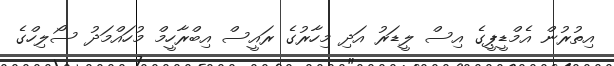
އިތުރުން އެމްޑީޕީގެ އިސް ލީޑަރު އަދި މިހާރުގެ ރައީސް އިބްރާހީމް މުހައްމަދު ސޯލިހްގެ